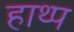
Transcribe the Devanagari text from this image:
हाथ्प